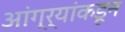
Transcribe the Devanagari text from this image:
आंग्र्‌यांकडून